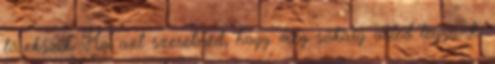
törekszik. Ha azt szeretnéd, hogy még sokáig veled legyünk,